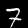
Digit: 7